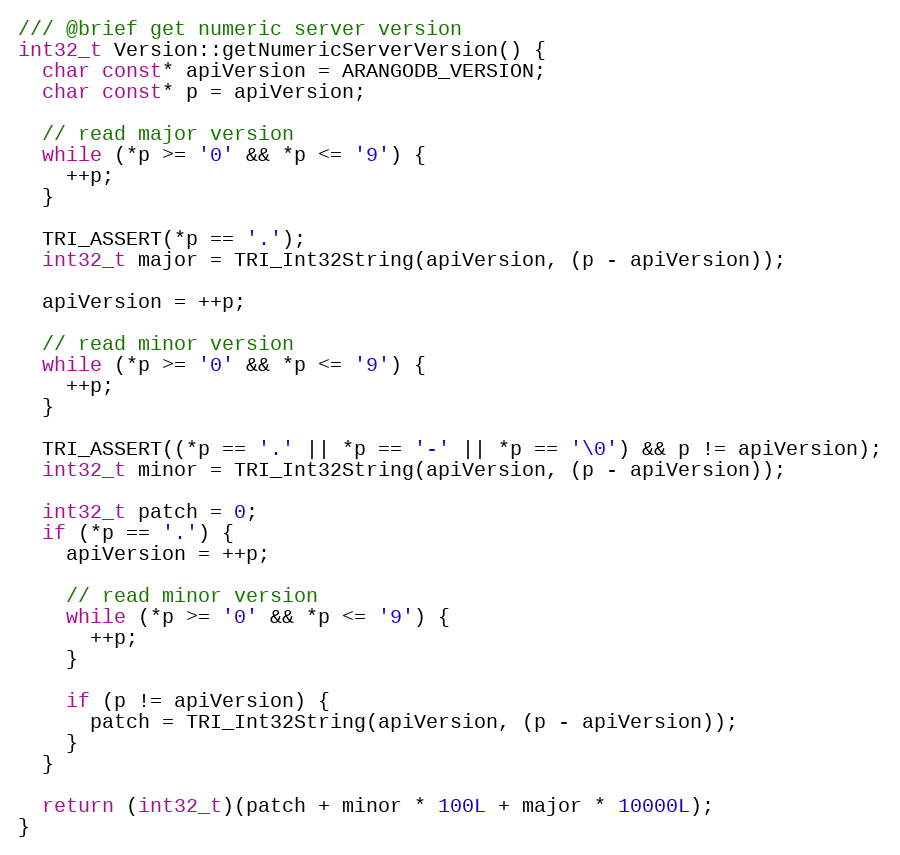
Language: C++
/// @brief get numeric server version
int32_t Version::getNumericServerVersion() {
  char const* apiVersion = ARANGODB_VERSION;
  char const* p = apiVersion;

  // read major version
  while (*p >= '0' && *p <= '9') {
    ++p;
  }

  TRI_ASSERT(*p == '.');
  int32_t major = TRI_Int32String(apiVersion, (p - apiVersion));

  apiVersion = ++p;

  // read minor version
  while (*p >= '0' && *p <= '9') {
    ++p;
  }

  TRI_ASSERT((*p == '.' || *p == '-' || *p == '\0') && p != apiVersion);
  int32_t minor = TRI_Int32String(apiVersion, (p - apiVersion));

  int32_t patch = 0;
  if (*p == '.') {
    apiVersion = ++p;

    // read minor version
    while (*p >= '0' && *p <= '9') {
      ++p;
    }

    if (p != apiVersion) {
      patch = TRI_Int32String(apiVersion, (p - apiVersion));
    }
  }

  return (int32_t)(patch + minor * 100L + major * 10000L);
}